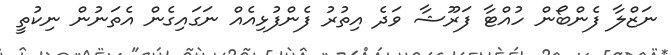
ނަޒްލާ ފެންބޯން ހުއްޓާ ފަރޫޝާ ވަދެ އިތުރު ފެންފުޅިއެއް ނަގައިގެން އެތަނުން ނިކުތީ